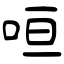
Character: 咺